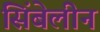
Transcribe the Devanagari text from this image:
सिंबेलीन